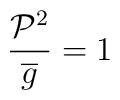
\frac{\mathcal{P}^{2}}{\overline{g}}=1